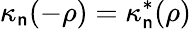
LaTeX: \kappa_{\mathsf{n}}(-\rho)={\kappa}_{\mathsf{n}}^{*}(\rho)